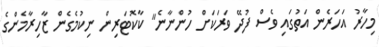
މިހާރު އަހަރެން އަތުގައި ވެސް ފުދޭ ވަރަކަށް ހުންނާނެ" ކާކޮޓަރިން ނިކުމެގެން ޒާހިރާމެންގެ